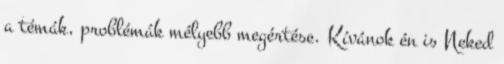
a témák, problémák mélyebb megértése. Kívánok én is Neked